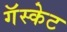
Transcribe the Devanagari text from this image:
गॅस्केट